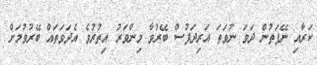
ކަރާއި ނޭފަތުން ދަވަ ނުވަތަ އަރިދަފުސް ބޭރުވާ މިންވަރު އިތުރުވެ އެދަވަތައް ބޭރުވުމަށް